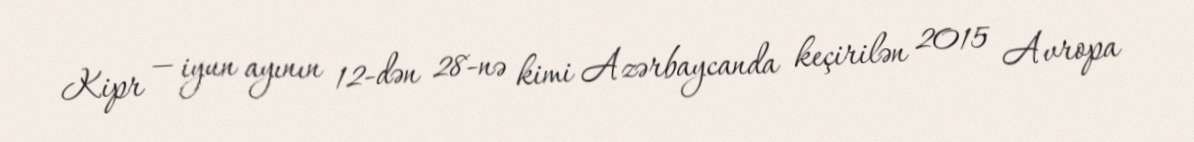
Kipr — iyun ayının 12-dən 28-nə kimi Azərbaycanda keçirilən 2015 Avropa